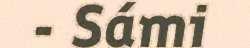
- Sámi